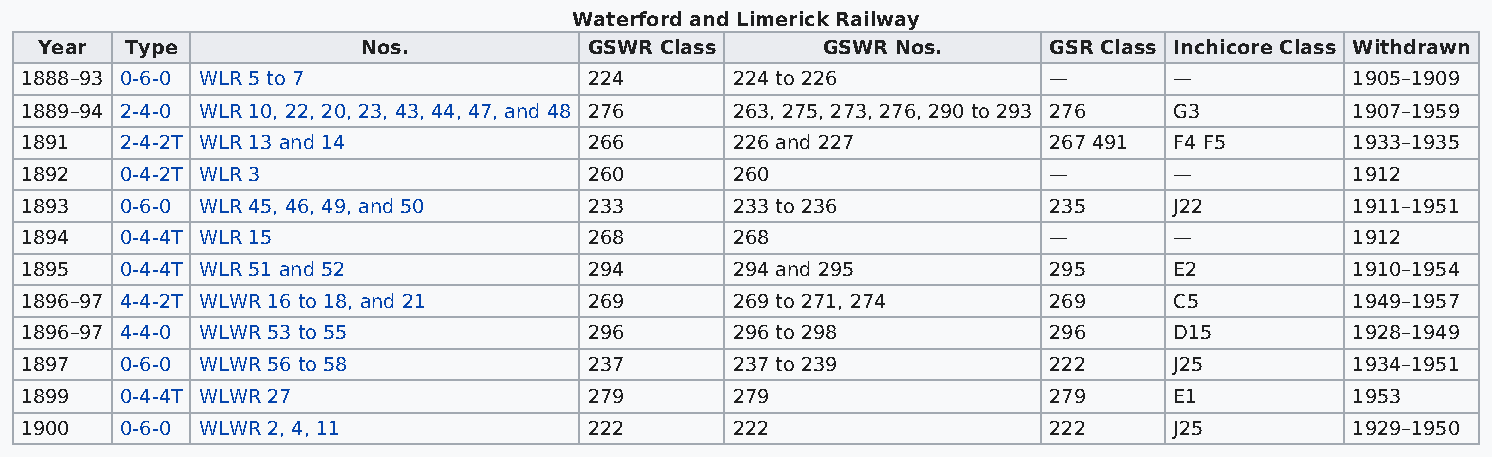
Waterford and Limerick Railway
 Year  Type            Nos.           GSWR Class     GSWR Nos.      GSR Class Inchicore Class Withdrawn
 1888–93 0-6-0 WLR 5 to 7              224       224 to 226          —        —           1905–1909
 1889–94 2-4-0 WLR 10, 22, 20, 23, 43, 44, 47, and 48 276 263, 275, 273, 276, 290 to 293 276 G3 1907–1959
 1891   2-4-2T WLR 13 and 14           266       226 and 227         267 491  F4 F5       1933–1935
 1892   0-4-2T WLR 3                   260       260                 —        —           1912
 1893   0-6-0 WLR 45, 46, 49, and 50   233       233 to 236          235      J22         1911–1951
 1894   0-4-4T WLR 15                  268       268                 —        —           1912
 1895   0-4-4T WLR 51 and 52           294       294 and 295         295      E2          1910–1954
 1896–97 4-4-2T WLWR 16 to 18, and 21  269       269 to 271, 274     269      C5          1949–1957
 1896–97 4-4-0 WLWR 53 to 55           296       296 to 298          296      D15         1928–1949
 1897   0-6-0 WLWR 56 to 58            237       237 to 239          222      J25         1934–1951
 1899   0-4-4T WLWR 27                 279       279                 279      E1          1953
 1900   0-6-0 WLWR 2, 4, 11            222       222                 222      J25         1929–1950